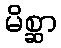
မိစ္ဆာ